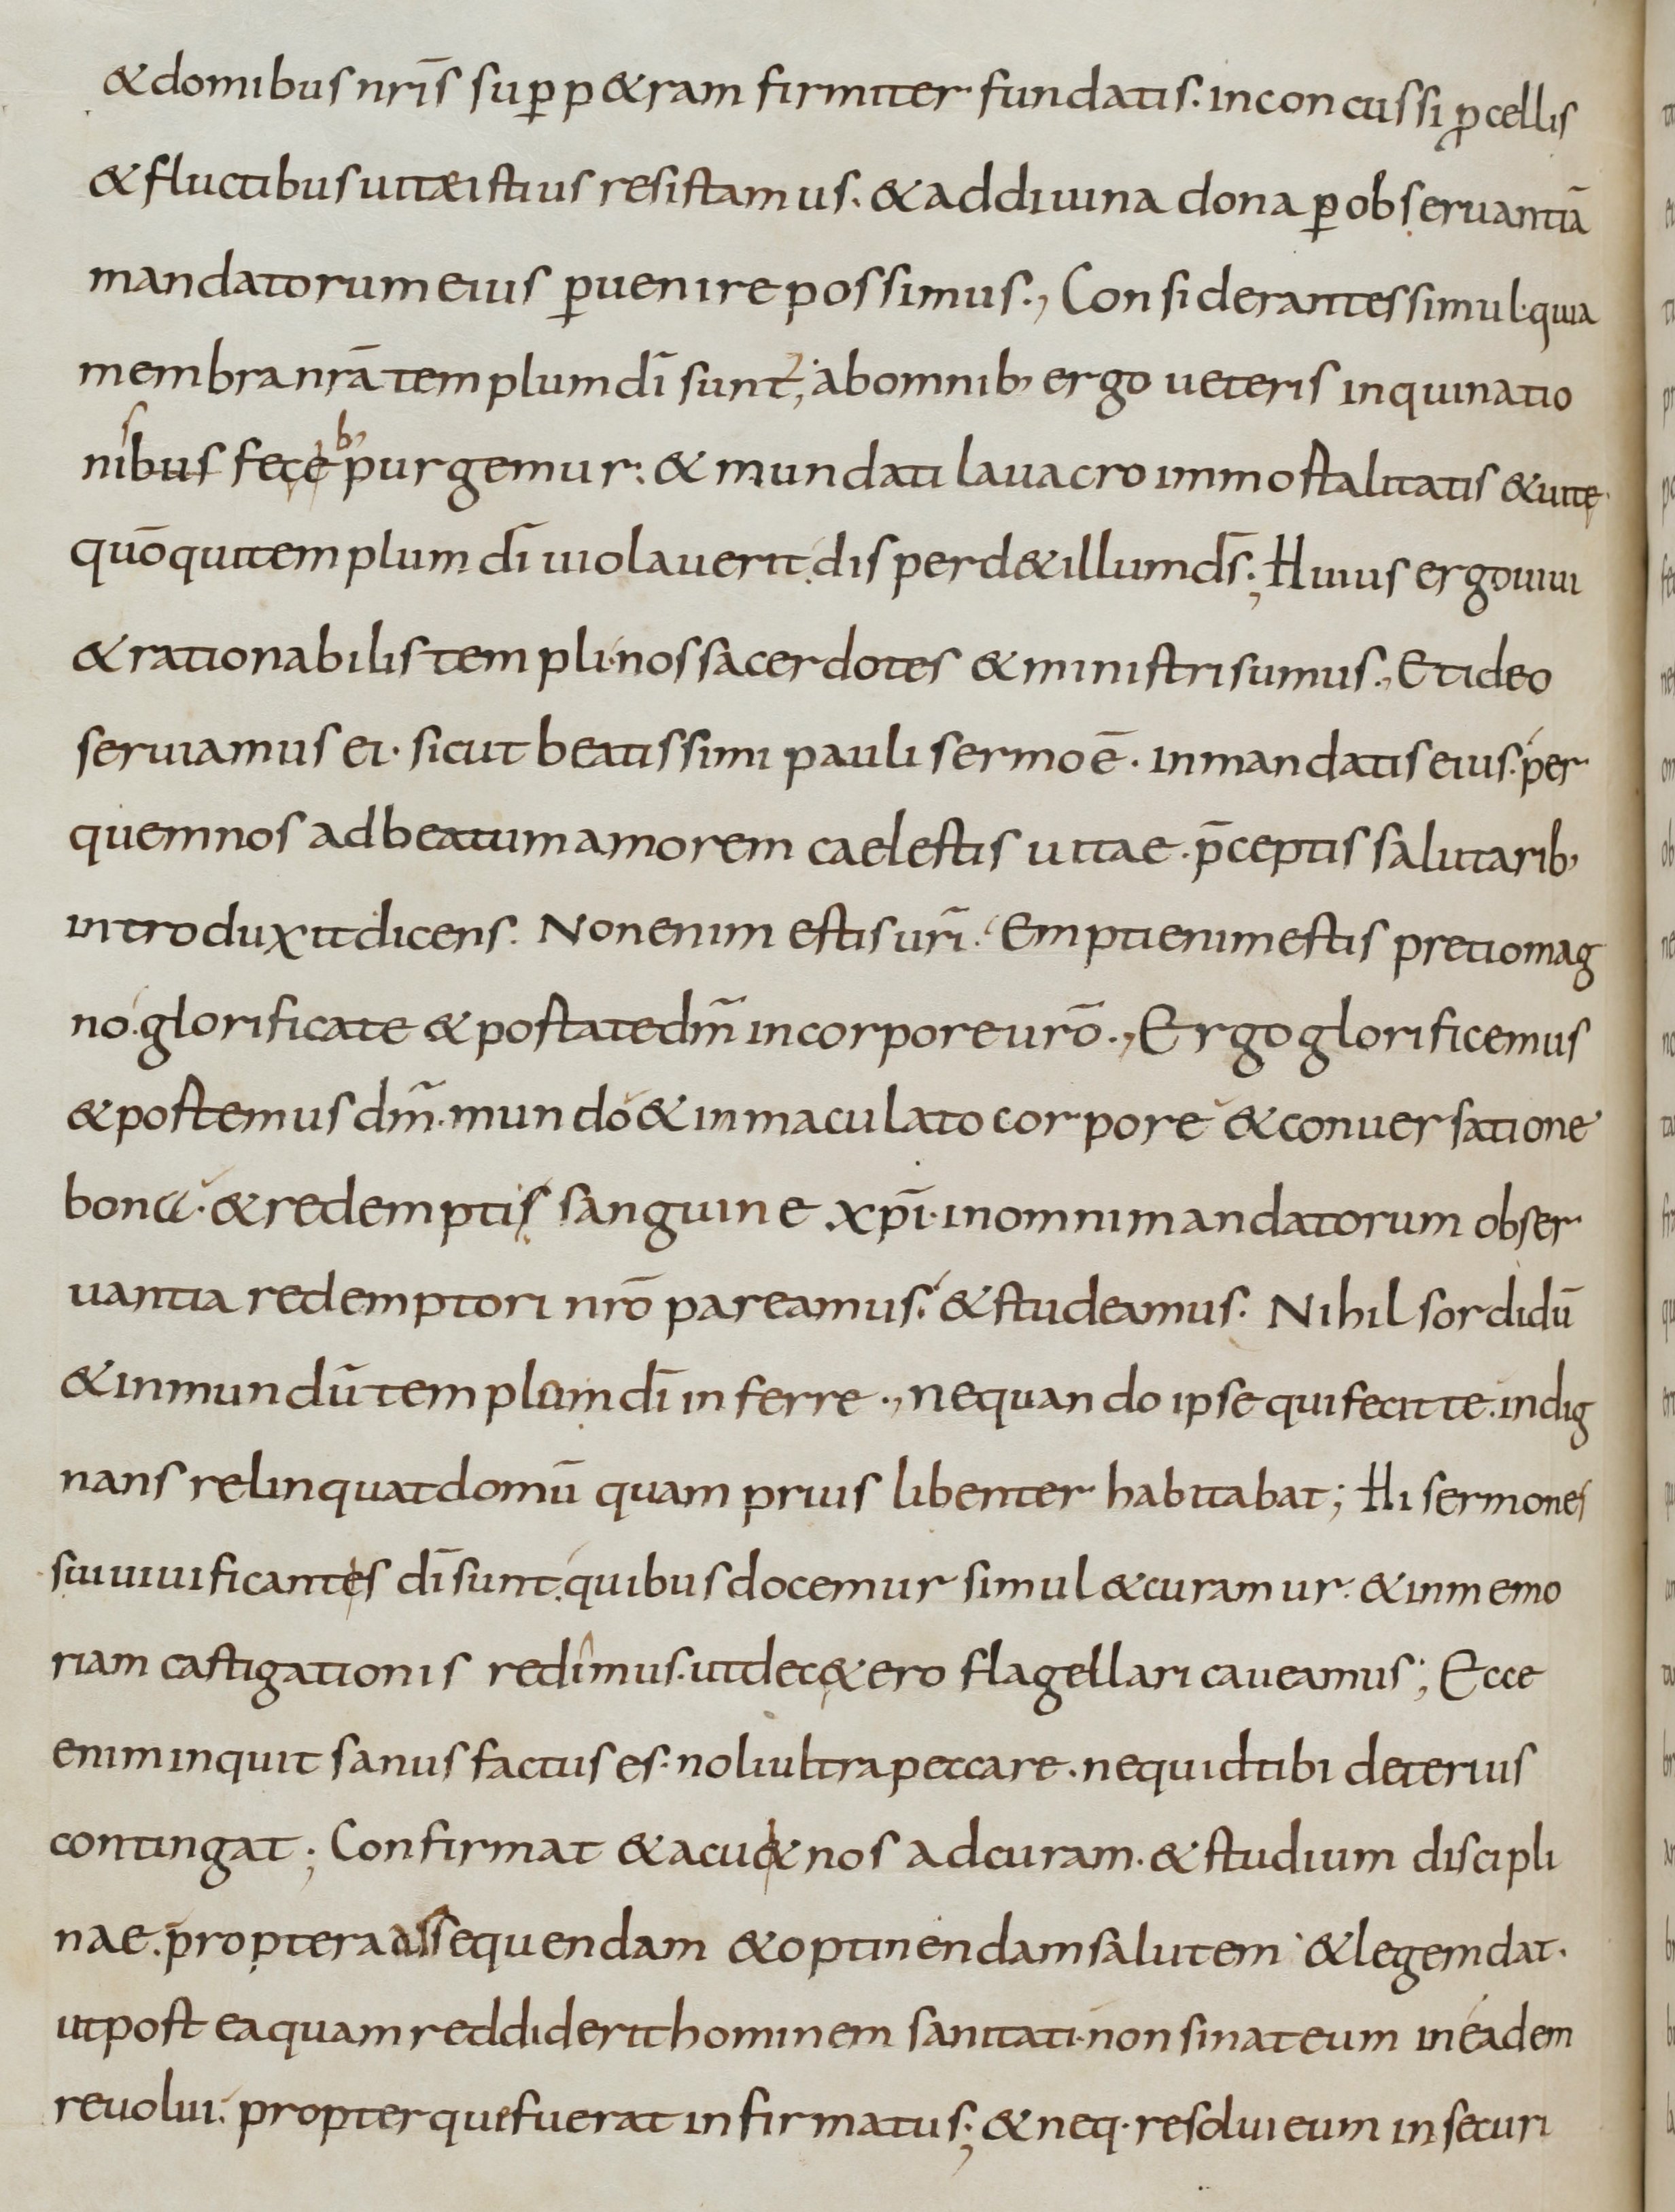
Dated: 800–899